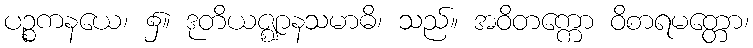
ပဉ္စကနယေ၊ ၌။ ဒုတိယဇ္ဈာနသမာဓိ၊ သည်။ အဝိတက္ကော ဝိစာရမတ္တော၊